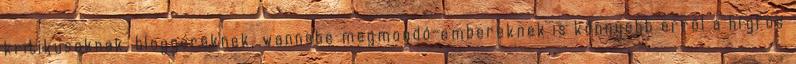
kritikusoknak, bloggereknek, wannabe megmondó-embereknek is könnyebb erről a hígfos